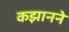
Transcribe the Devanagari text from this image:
कझानने